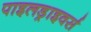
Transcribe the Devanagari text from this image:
पाइलड्राइवर्स